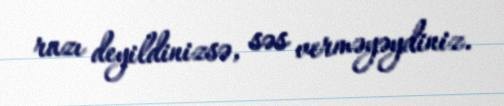
razı deyildinizsə, səs verməyəydiniz.